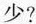
少？